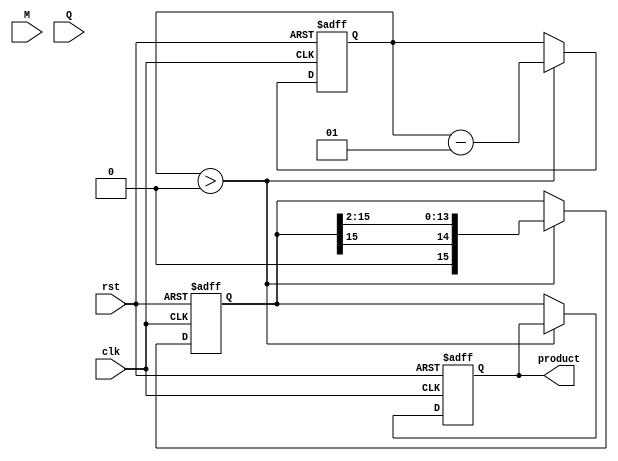
module modified_booth_multiplier (
    input wire clk,
    input wire rst,
    input wire [7:0] M, // Multiplicand
    input wire [7:0] Q, // Multiplier
    output reg [15:0] product // Final product
);

    reg [15:0] A; // Accumulator
    reg [8:0] Q_reg; // Multiplier with an extra bit for Q-1
    integer count; // Loop counter

    always @(posedge clk or posedge rst) begin
        if (rst) begin
            // Reset all registers
            A <= 16'b0;
            Q_reg <= {1'b0, Q}; // Initialize Q with Q-1 as 0
            product <= 16'b0;
            count <= 8; // Number of bits in Q
        end else if (count > 0) begin
            case ({Q_reg[0], Q_reg[1]}) // Q[0] and Q[-1]
                2'b00: begin
                    // No operation
                    A <= A; 
                end
                2'b01: begin
                    // Add M to A
                    A <= A + {8'b0, M}; // Extend M to 16 bits
                end
                2'b10: begin
                    // Subtract M from A
                    A <= A - {8'b0, M}; // Extend M to 16 bits
                end
                2'b11: begin
                    // No operation
                    A <= A;
                end
            endcase
            
            // Arithmetic right shift (A and Q)
            {A, Q_reg} <= {A[15], A[15:1], Q_reg[8:1]};
            
            // Decrement the count
            count <= count - 1;
        end else begin
            // Store the final product
            product <= A; // Final product in A
        end
    end
endmodule